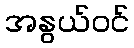
အနွယ်ဝင်